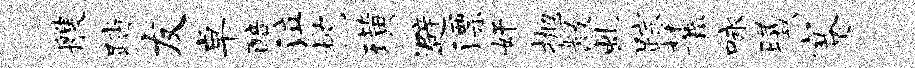
艘踏友卓醅泣枕璜避漂奸抛黻虬踪麓咏曦蹇